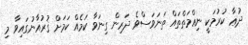
ދުޢާ ކުރުމަކީ ނިޢްމަތްތައް ތަނަވަސްވެ ދަރިން ގިނަވާ ކަމެއް ކަމަށް ޤުރުއާނުގައިވާ މި